Source: Handwritten
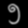
Digit: ၅ (5)